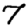
Digit: 7